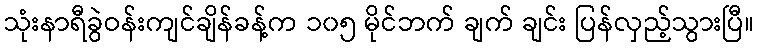
သုံးနာရီခွဲဝန်းကျင်ချိန်ခန့်က ၁၀၅ မိုင်ဘက် ချက် ချင်း ပြန်လှည့်သွားပြီ။